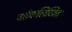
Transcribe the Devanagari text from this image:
वर्तकलिखित